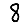
Digit: 8